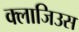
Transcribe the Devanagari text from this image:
क्लाजिउस